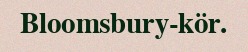
Bloomsbury-kör.